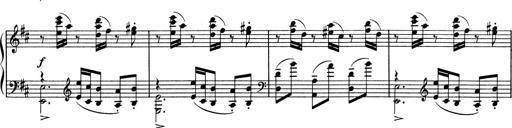
Title: Sonatine pour piano
Composer: Albert Roussel